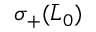
\sigma _ { + } ( \bar { L } _ { 0 } )